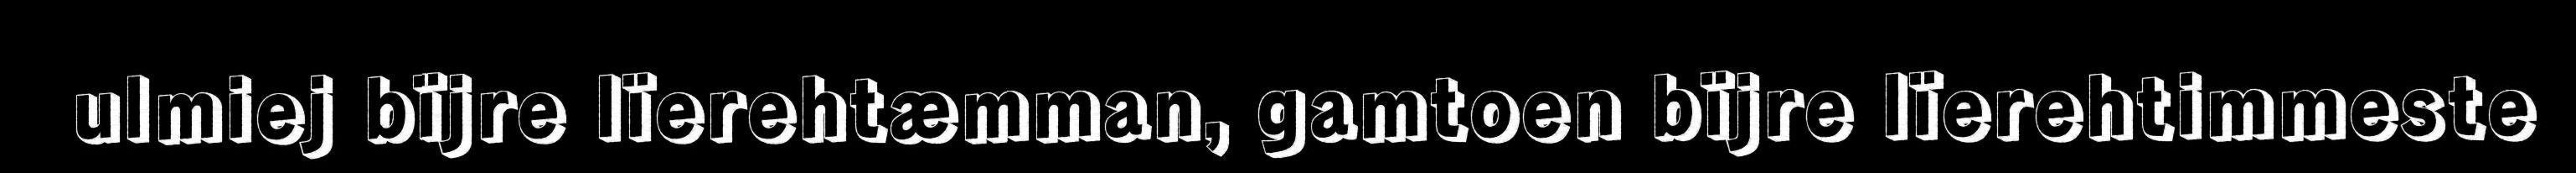
ulmiej bïjre lïerehtæmman, gamtoen bïjre lïerehtimmeste